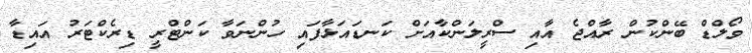
ވޯލްޑް ބޭންކުން ރާއްޖެ އާއި ސްރީލަންކާއަށް ކަނޑައަޅާފައި ހުންނަވާ ކަންޓްރީ ޑިރެކްޓަރު އައިޑާ